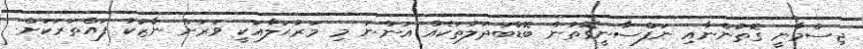
ޖިސްމާނީ ގޮތުންނާއި ނަފްސާނީގޮތުން ބޮޑުބަދަލުތަކެއް އަންނަ މި މަރުޙަލާއަކީ ވަރަށް ނާޒުކު ފައްތަރަކަށް